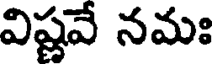
విష్ణవే నమః